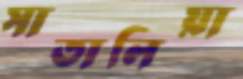
সাতালিয়া